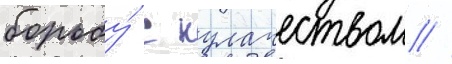
борьбу́ с кулачеством //